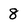
Character: 8